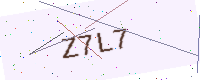
Text: Z7L7